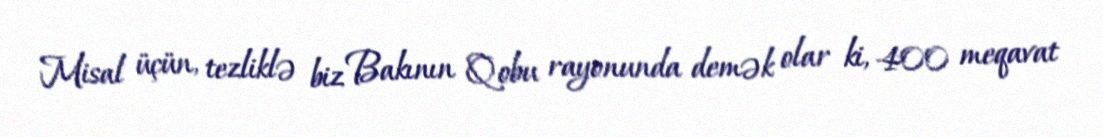
Misal üçün, tezliklə biz Bakının Qobu rayonunda demək olar ki, 400 meqavat